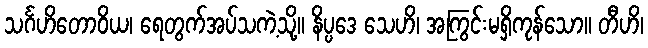
သင်္ဂဟိတောဝိယ၊ ရေတွက်အပ်သကဲ့သို့။ နိပ္ပဒေ သေဟိ၊ အကြွင်းမရှိကုန်သော။ တီဟိ၊